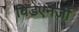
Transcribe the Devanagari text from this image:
विंडएनर्जी